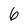
Character: 6